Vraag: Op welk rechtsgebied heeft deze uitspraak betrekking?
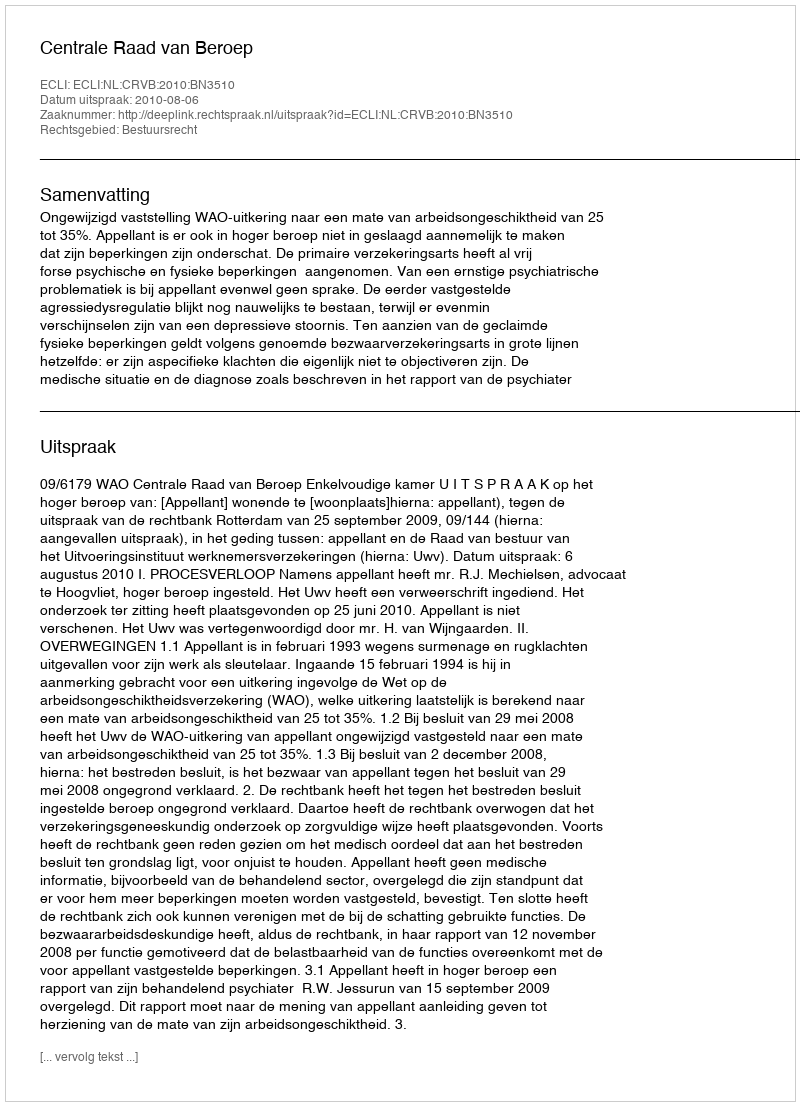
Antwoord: Bestuursrecht